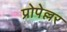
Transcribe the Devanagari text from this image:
प्रोपेल्लर